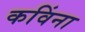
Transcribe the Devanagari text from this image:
कविंना